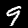
Label: 9